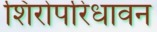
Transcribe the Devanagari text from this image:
शिरोपरिधावन